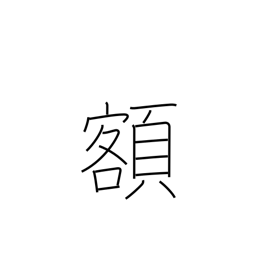
Meaning: sum